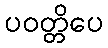
ပဝတ္တိပေ